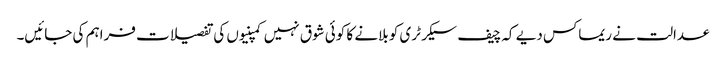
عدالت نے ریماکس دیے کہ چیف سیکرٹری کو بلانے کا کوئی شوق نہیں کمپنیوں کی تفصیلات فراہم کی جائیں۔